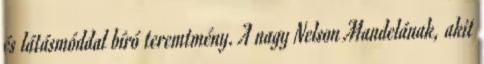
és látásmóddal bíró teremtmény. A nagy Nelson Mandelának, akit